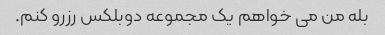
بله من می خواهم یک مجموعه دوبلکس رزرو کنم.